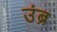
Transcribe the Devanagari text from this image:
उंब्र